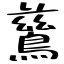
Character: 鶿